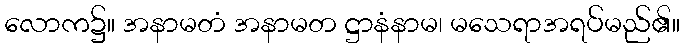
လောက၌။ အနာမတံ အနာမတ ဋ္ဌာနံနာမ၊ မသေရာအရပ်မည်၏။